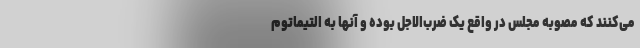
می‌کنند که مصوبه مجلس در واقع یک ضرب‌الاجل بوده و آنها به التیماتوم